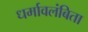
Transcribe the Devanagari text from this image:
धर्मावलंबिता